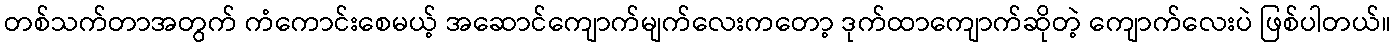
တစ်သက်တာအတွက် ကံကောင်းစေမယ့် အဆောင်ကျောက်မျက်လေးကတော့ ဒုက်ထာကျောက်ဆိုတဲ့ ကျောက်လေးပဲ ဖြစ်ပါတယ်။